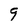
Character: 9